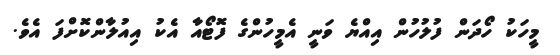
މީހަކު ހޯދަން ފުލުހުން އިއްޔެ ވަނީ އެމީހުންގެ ފޮޓޯއާ އެކު އިއުލާންކޮށްފަ އެވެ.